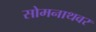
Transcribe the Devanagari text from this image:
सोमनाथवर